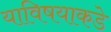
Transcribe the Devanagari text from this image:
याविषयाकडे